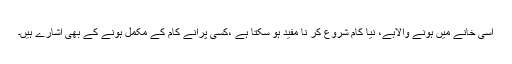
اسی خانے میں ہونے والاہے، نیا کام شروع کر نا مفید ہو سکتا ہے ،کسی پرانے کام کے مکمل ہونے کے بھی اشارے ہیں۔